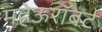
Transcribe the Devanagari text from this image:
महेऊरॉबर्ट